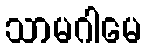
သာမဂါမေ